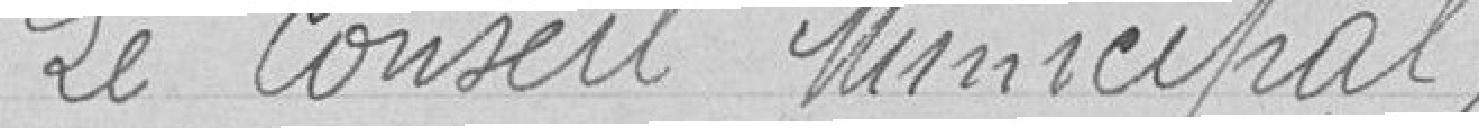
Le Conseil Municipal,